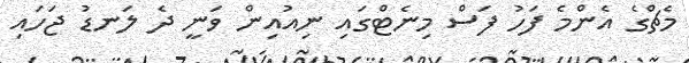
މެޗްގެ އެންމެ ފަހު ފަސް މިނެޓްގައި ނިއުއިން ވަނީ ދެ ލަނޑު ޖަހައި